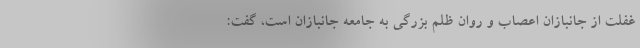
غفلت از جانبازانِ اعصاب و روان ظلم بزرگی به جامعه جانبازان است، گفت: